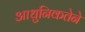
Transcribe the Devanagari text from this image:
आधुनिकतेने